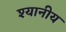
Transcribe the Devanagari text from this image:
श्यानीय